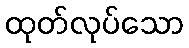
ထုတ်လုပ်သော